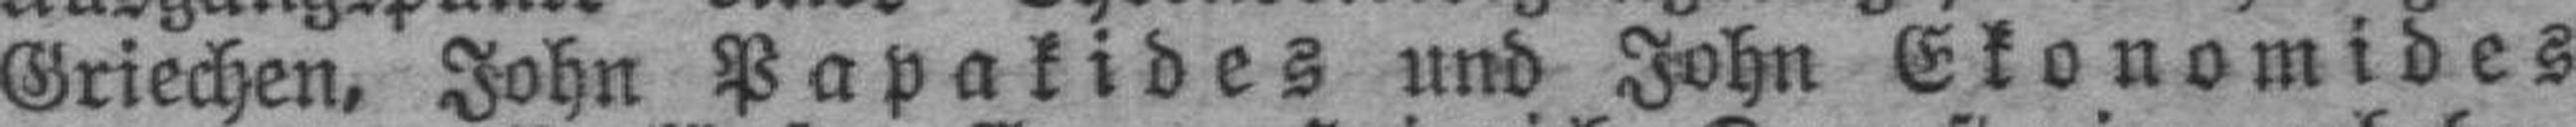
Griechen, John Papakides und John Ekonomides